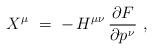
\begin{align*} X^\mu~= \; - \, H^{\mu\nu} \, \frac{\partial F}{\partial p\>\!^\nu}~, \end{align*}